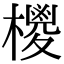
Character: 㯶